Vital statistics of India. Vol. V, Reports of 1876 on armies & jails and on epidemic cholera
Year: 1876
Disease focus: Cholera
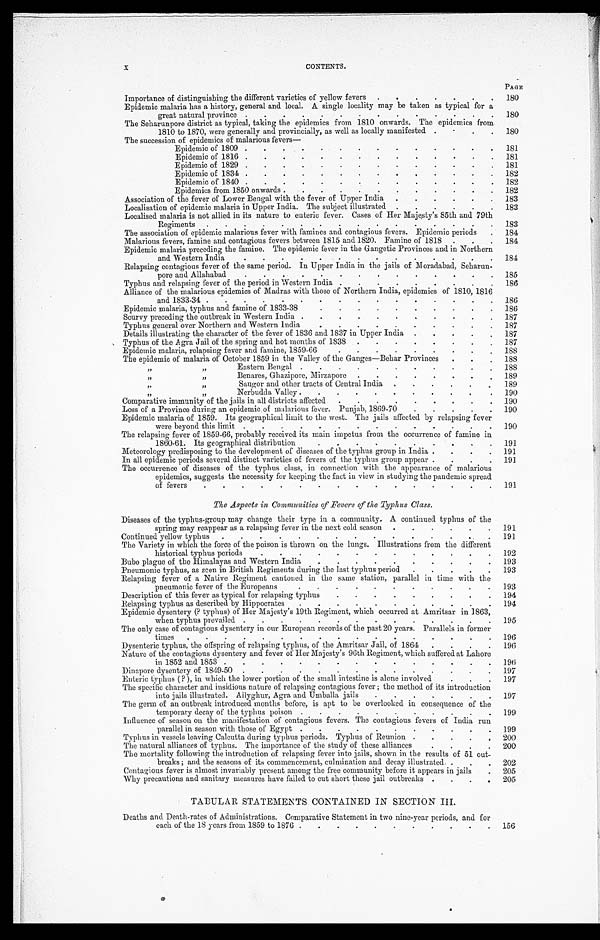
CONTENTS.
PAGE
Importance of distinguishing the different varieties of yellow fevers . . .
180
Epidemic malaria has a history, general and local. A single locality may be taken as typical for a
great natural province . . .
180
The Seharunpore district as typical, taking the epidemics from 1810 onwards. The epidemics from
1810 to 1870, were generally and provincially, as well as locally manifested . . .
180
T h e s u c c e s s i o n o f e p i d e m i c s o f m a l a r i o u s f e v e r s —
Epidemic of 1809 . . .
181
Epidemic of 1816 . . .
181
Epidemic of 1829 . . .
181
Epidemic of 1834 . . .
182
Epidemic of 1840 . . .
182
Epidemics from 1850 onwards . . .
182
Association of the fever of Lower Bengal with the fever of Upper India . . .
183
Localisation of epidemic malaria in Upper India. The subject illustrated . . .
183
Localised malaria is not allied in its nature to enteric fever. Cases of Her Majesty's 85th and 79th
Regiments
.
.
.
183
The association of epidemic malarious fever with famines and contagious fevers. Epidemic periods . . .
184
Malarious fevers, famine and contagious fevers between 1815 and 1820. Famine of 1818 . . .
184
Epidemic malaria preceding the famine. The epidemic fever in the Gangetic Provinces and in Northern
and Western India . . .
184
Relapsing contagious fever of the same period. In Upper India in the jails of Moradabad, Seharun -
pore and Allahabad . . .
185
Typhus and relapsing fever of the period in Western India . . .
186
Alliance of the malarious epidemics of Madras with those of Northern India, epidemics of 1810, 1816
and
1833-34
.
.
.
186
Epidemic malaria, typhus and famine of 1833-38 . . .
186
Scurvy preceding the outbreak in Western India . . .
187
Typhus general over Northern and Western India . . .
187
Details illustrating the character of the fever of 1836 and 1837 in Upper India . . .
187
Typhus of the Agra Jail of the spring and hot months of 1838 . . .
187
Epidemic malaria, relapsing fever and famine, 1859-66 . . .
188
The epidemic of malaria of October 1859 in the Valley of the Ganges—Behar Provinces . . .
188
" " Eastern Bengal . . .
188
" " Benares, Ghazipore, Mirzapore . . .
189
Saugor and other tracts of Central India . . .
189
" " Nerbudda Valley . . .
190
Comparative immunity of the jails in all districts affected . . .
190
Loss of a Province during an epidemic of malarious fever. Punjab, 1869-70 . . .
190
Epidemic malaria of 1859. Its geographical limit to the west. The jails affected by relapsing fever
were beyond this limit . . .
190
The relapsing fever of 1859-66, probably received its main impetus from the occurrence of famine in
1860-61. Its geographical distribution . . .
191
Meteorology predisposing to the development of diseases of the typhus group in India . . .
191
In all epidemic periods several distinct varieties of fevers of the typhus group appear . . .
191
The occurrence of diseases of the typhus class, in connection with the appearance of malarious
epidemics, suggests the necessity for keeping the fact in view in studying the pandemic spread
of
fevers
.
.
.
191
The Aspects in Communities of Fevers of the Typhus Class.
Diseases of the typhus-group may change their type in a community. A continued typhus of the
spring may reappear as a relapsing fever in the next cold season . . .
191
Continued yellow typhus . . .
191
The Variety in which the force of the poison is thrown on the lungs. Illustrations from the different
historical typhus periods . . .
192
Bubo plague of the Himalayas and Western India . . .
193
Pneumonic typhus, as seen in British Regiments during the last typhus period . . .
193
Relapsing fever of a Native Regiment cantoned in the same station, parallel in time with the
pneumonic fever of the Europeans . . .
193
Description of this fever as typical for relapsing typhus . . .
194
Relapsing typhus as described by Hippocrates . . .
194
Epidemic dysentery (? typhus) of Her Majesty's 19th Regiment, which occurred at Amritsar in 1863,
when typhus prevailed . . .
195
The only case of contagious dysentery in our European records of the past 20 years. Parallels in former
times
.
.
.
196
Dysenteric typhus, the offspring of relapsing typhus, of the Amritsar Jail, of 1864 . . .
196
Nature of the contagious dysentery and fever of Her Majesty's 96th Regiment, which suffered at Lahore
in 1852 and 1853 . . .
196
Dinapore dysentery of 1849-50 . . .
197
Enteric typhus (?), in which the lower portion of the small intestine is alone involved . . .
197
The specific character and insidious nature of relapsing contagious fever; the method of its introduction
into jails illustrated. Allyghur, Agra and Umballa jails . . .
197
The germ of an outbreak introduced months before, is apt to be overlooked in consequence of the
temporary decay of the typhus poison . . .
199
Influence of season on the manifestation of contagious fevers. The contagious fevers of India run
parallel in season with those of Egypt . . .
199
Typhus in vessels leaving Calcutta during typhus periods. Typhus of Reunion . . .
200
The natural alliances of typhus. The importance of the study of these alliances . . .
200
The mortality following the introduction of relapsing fever into jails, shown in the results of 51 out -
breaks; and the seasons of its commencement, culmination and decay illustrated . . .
202
Contagious fever is almost invariably present among the free community before it appears in jails . . .
205
Why precautions and sanitary measures have failed to cut short these jail outbreaks . . .
205
TABULAR STATEMENTS CONTAINED IN SECTION III.
Deaths and Death-rates of Administrations. Comparative Statement in two nine-year periods, and for
each of the 18 years from 1859 to 1876 . . .
156